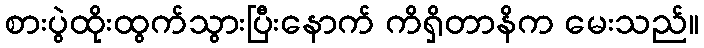
စားပွဲထိုးထွက်သွားပြီးနောက် ကိရှိတာနိက မေးသည်။